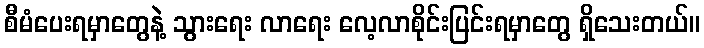
စီမံပေးရမှာတွေနဲ့ သွားရေး လာရေး လေ့လာစိုင်းပြင်းရမှာတွေ ရှိသေးတယ်။